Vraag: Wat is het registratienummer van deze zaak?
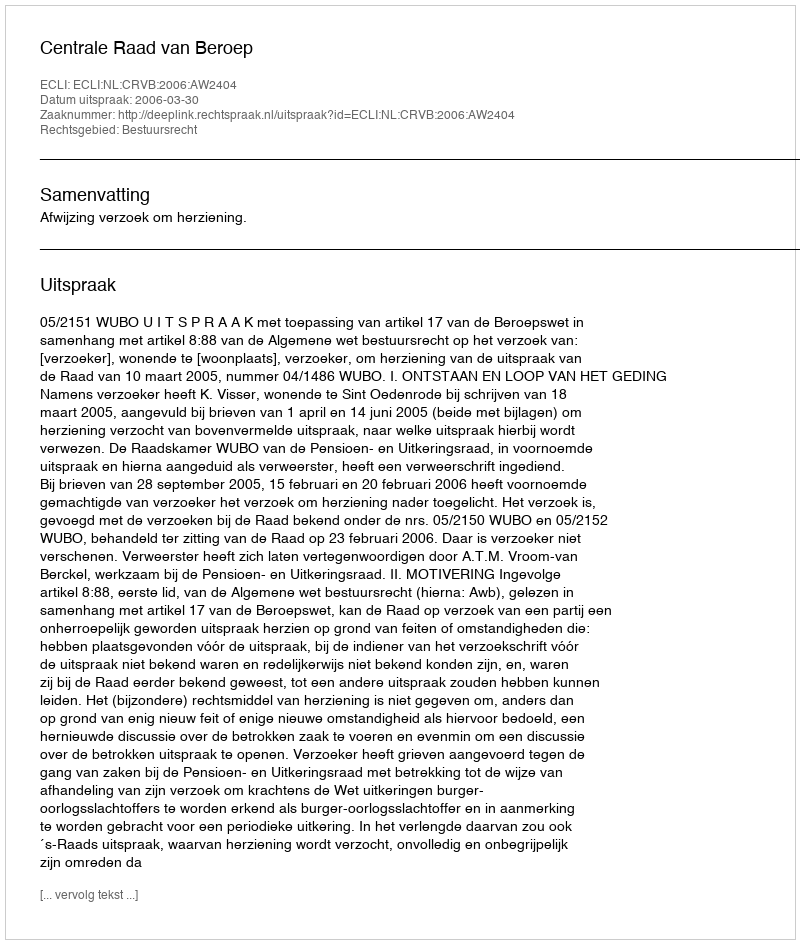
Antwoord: http://deeplink.rechtspraak.nl/uitspraak?id=ECLI:NL:CRVB:2006:AW2404